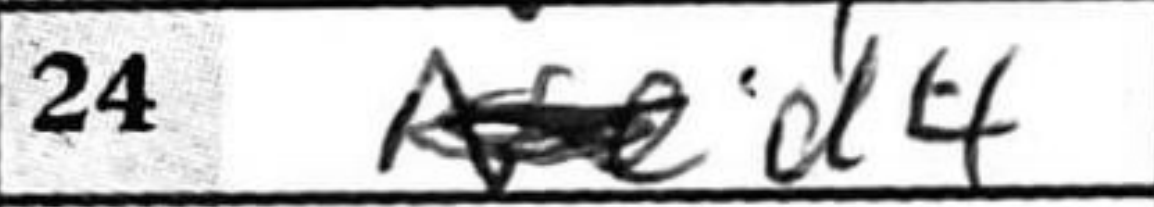
Transcription: d4